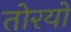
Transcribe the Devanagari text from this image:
तोरयो